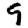
Digit: 9